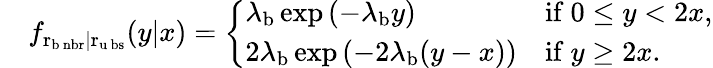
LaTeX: \begin{array}{rl}&{f_{\mathrm{r_{\mathrm{b}\ nbr}\mid r_{\mathrm{u}\ bs}}}(y|x)=\left\{ \begin{array}{ll}{\lambda_{\mathrm{b}}\exp\left(-\lambda_{\mathrm{b}}y\right)}&{\mathrm{if~}0\leq y<2x,}\\ {2\lambda_{\mathrm{b}}\exp\left(-2\lambda_{\mathrm{b}}(y-x)\right)}&{\mathrm{if~}y\geq 2x.}\end{array}\right.}\end{array}